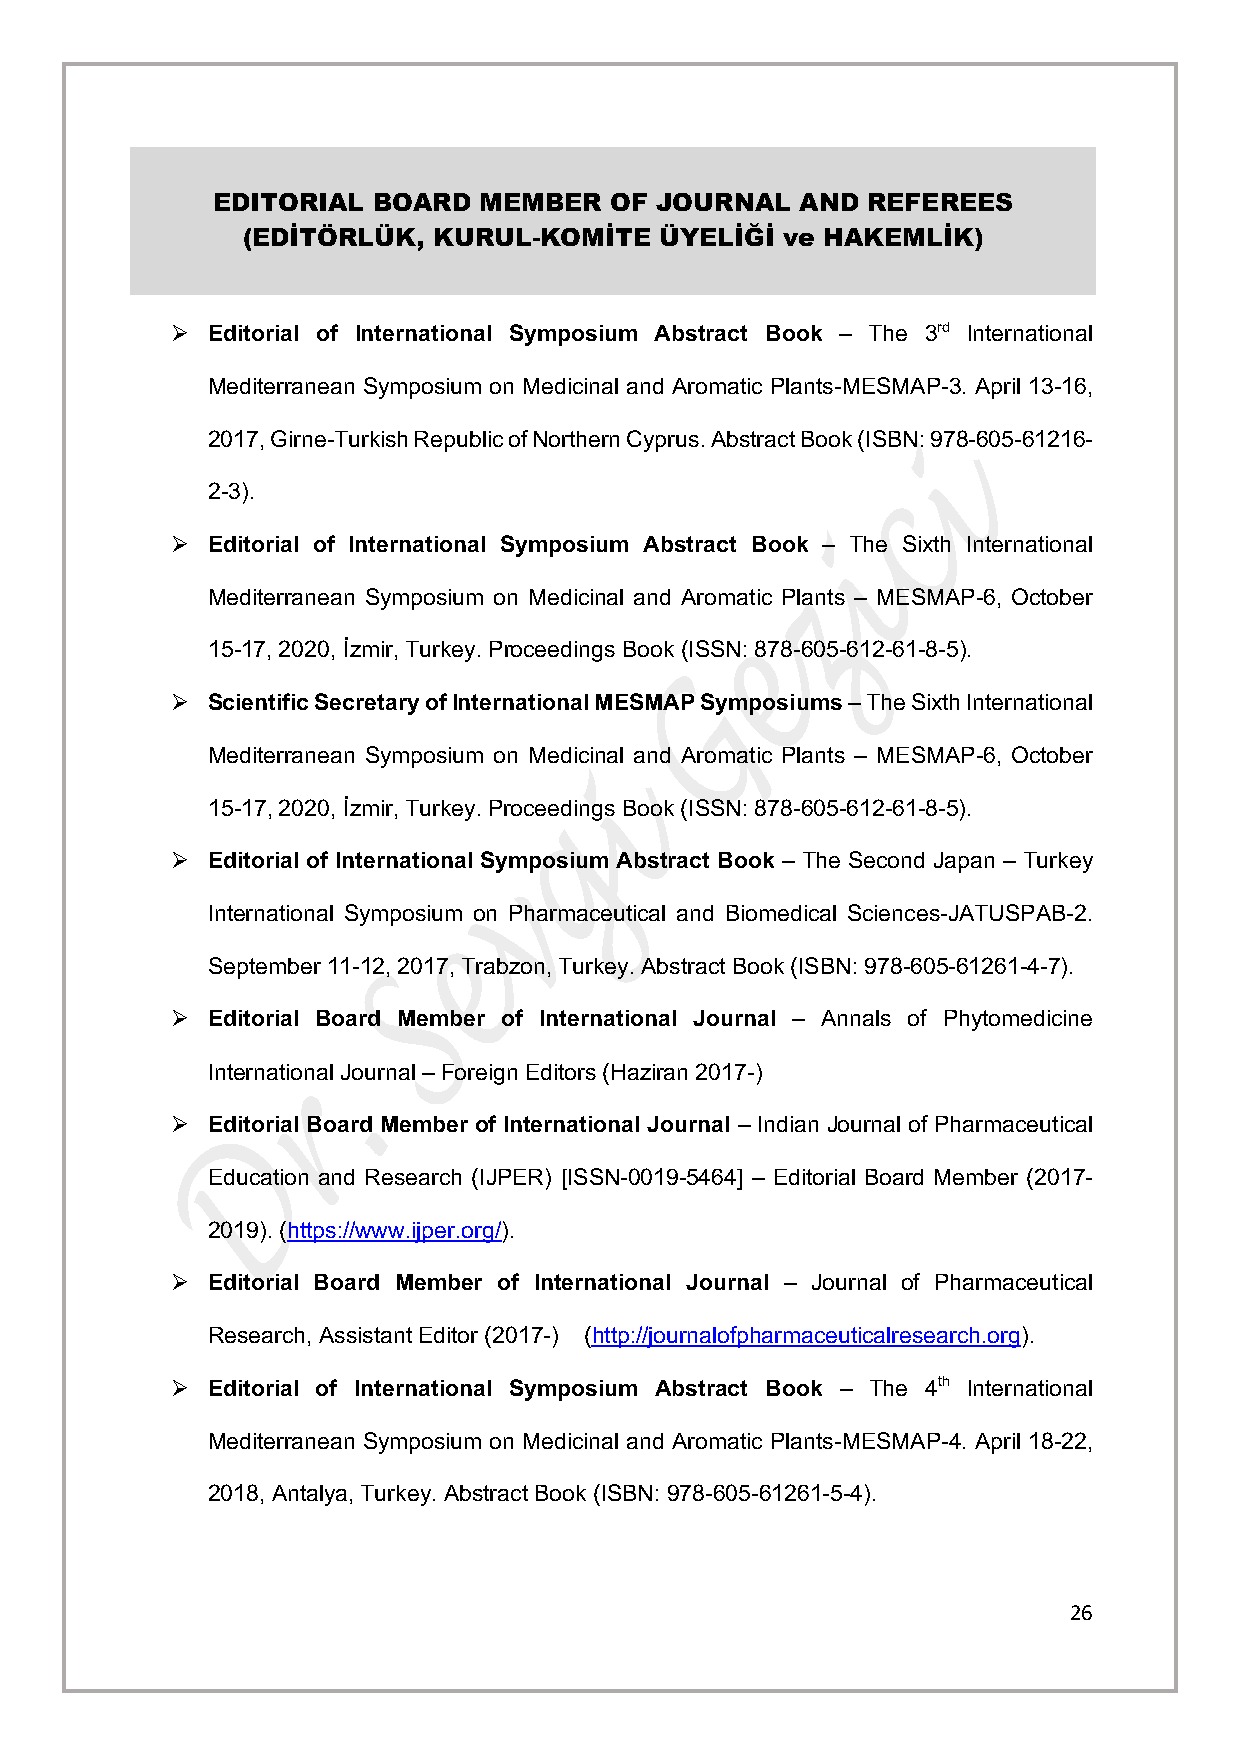
EDITORIAL  BOARD  MEMBER  OF JOURNAL   AND REFEREES
 (EDİTÖRLÜK,  KURUL-KOMİTE   ÜYELİĞİ ve HAKEMLİK)
 Ø  Editorial of International Symposium Abstract Book – The 3rd International
 Mediterranean Symposium on Medicinal and Aromatic Plants-MESMAP-3. April 13-16,
 2017, Girne-Turkish Republic of Northern Cyprus. Abstract Book (ISBN: 978-605-61216-
 2-3).
 Ø  Editorial of International Symposium Abstract Book – The Sixth International
 Mediterranean Symposium on Medicinal and Aromatic Plants – MESMAP-6, October
 15-17, 2020, İzmir, Turkey. Proceedings Book (ISSN: 878-605-612-61-8-5).
 Ø  Scientific Secretary of International MESMAP Symposiums – The Sixth International
 Mediterranean Symposium on Medicinal and Aromatic Plants – MESMAP-6, October
 15-17, 2020, İzmir, Turkey. Proceedings Book (ISSN: 878-605-612-61-8-5).
 Ø  Editorial of International Symposium Abstract Book – The Second Japan – Turkey
 International Symposium on Pharmaceutical and Biomedical Sciences-JATUSPAB-2.
 September 11-12, 2017, Trabzon, Turkey. Abstract Book (ISBN: 978-605-61261-4-7).
 Ø  Editorial Board Member of International Journal – Annals of Phytomedicine
 International Journal – Foreign Editors (Haziran 2017-)
 Ø  Editorial Board Member of International Journal – Indian Journal of Pharmaceutical
 Education and Research (IJPER) [ISSN-0019-5464] – Editorial Board Member (2017-
 2019). (https://www.ijper.org/).
 Ø  Editorial Board Member of International Journal – Journal of Pharmaceutical
 Research, Assistant Editor (2017-) (http://journalofpharmaceuticalresearch.org).
 Ø  Editorial of International Symposium Abstract Book – The 4th International
 Mediterranean Symposium on Medicinal and Aromatic Plants-MESMAP-4. April 18-22,
 2018, Antalya, Turkey. Abstract Book (ISBN: 978-605-61261-5-4).
 26